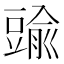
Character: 䜽